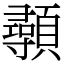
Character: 䫮